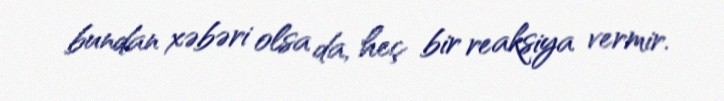
bundan xəbəri olsa da, heç bir reaksiya vermir.